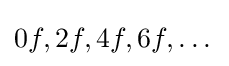
0f,2f,4f,6f,\dots